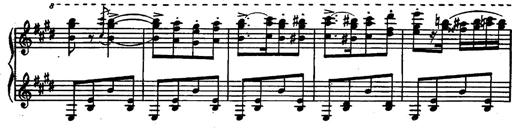
Title: Magyar rapszÃ³diÃ¡k
Composer: Franz Liszt